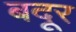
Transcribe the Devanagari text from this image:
बदूर